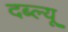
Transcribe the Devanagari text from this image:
दब्ल्यू